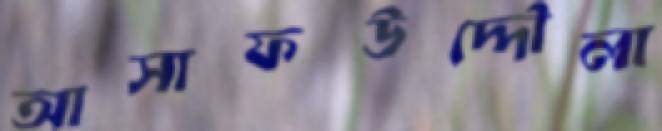
আসাফউদ্দৌলা